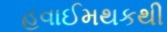
હવાઈમથકથી